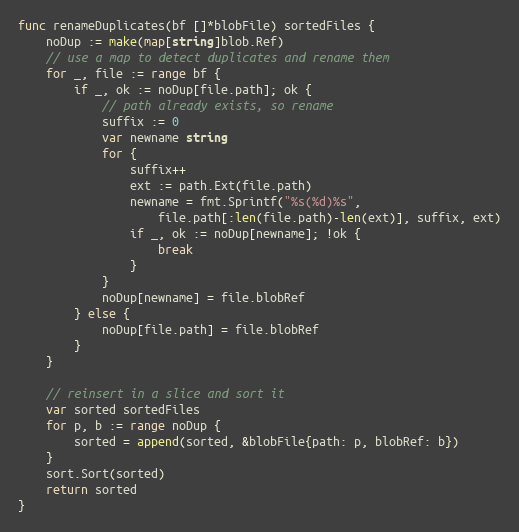
Language: Go
func renameDuplicates(bf []*blobFile) sortedFiles {
	noDup := make(map[string]blob.Ref)
	// use a map to detect duplicates and rename them
	for _, file := range bf {
		if _, ok := noDup[file.path]; ok {
			// path already exists, so rename
			suffix := 0
			var newname string
			for {
				suffix++
				ext := path.Ext(file.path)
				newname = fmt.Sprintf("%s(%d)%s",
					file.path[:len(file.path)-len(ext)], suffix, ext)
				if _, ok := noDup[newname]; !ok {
					break
				}
			}
			noDup[newname] = file.blobRef
		} else {
			noDup[file.path] = file.blobRef
		}
	}

	// reinsert in a slice and sort it
	var sorted sortedFiles
	for p, b := range noDup {
		sorted = append(sorted, &blobFile{path: p, blobRef: b})
	}
	sort.Sort(sorted)
	return sorted
}